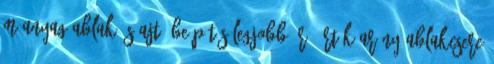
Műanyag ablak és ajtó beépítés Legjobb ár érték arány ABLAKCSERE